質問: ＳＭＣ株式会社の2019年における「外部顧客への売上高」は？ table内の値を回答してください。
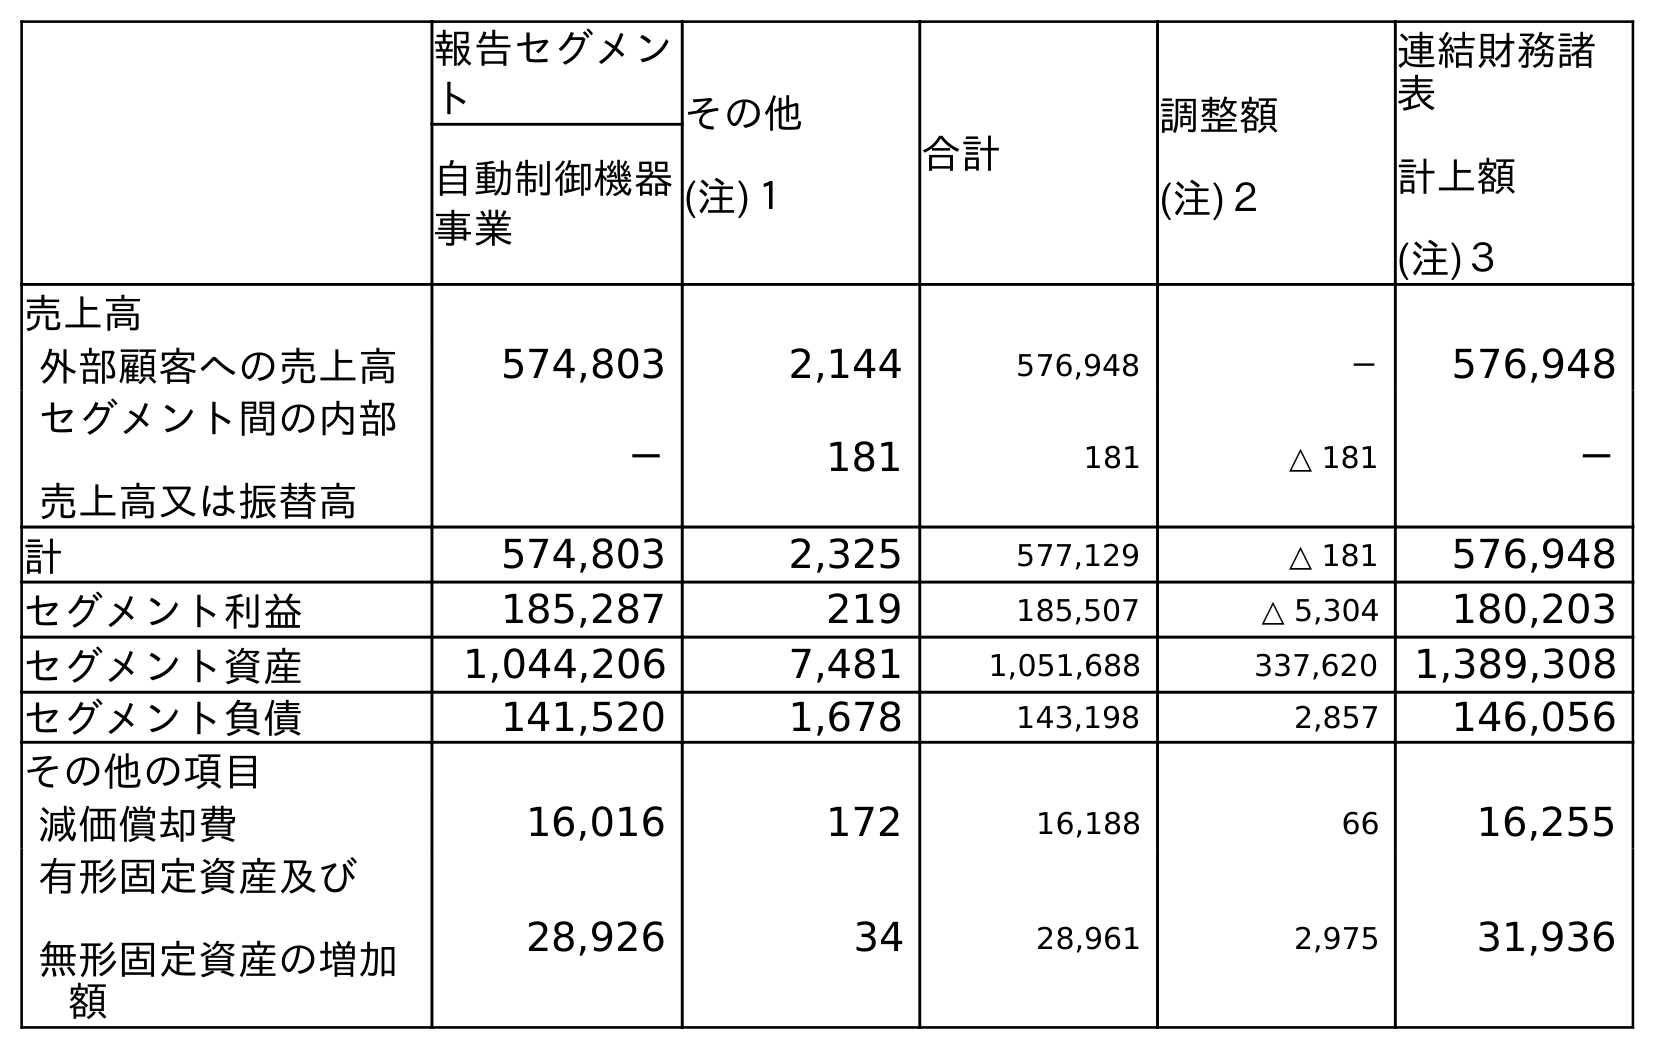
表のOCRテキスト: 報告セグメン ト その他 (注)１ 合計 調整額 (注)２ 連結財務諸 表 計上額 (注)３ 自動制御機器 事業 売上高 外部顧客への売上高 574,803 2,144 576,948 － 576,948 セグメント間の内部 売上高又は振替高 － 181 181 △ 181 － 計 574,803 2,325 577,129 △ 181 576,948 セグメント利益 185,287 219 185,507 △ 5,304 180,203 セグメント資産 1,044,206 7,481 1,051,688 337,620 1,389,308 セグメント負債 141,520 1,678 143,198 2,857 146,056 その他の項目 減価償却費 16,016 172 16,188 66 16,255 有形固定資産及び 無形固定資産の増加 額 28,926 34 28,961 2,975 31,936
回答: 576,948